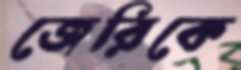
জেরিকে